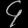
Digit: ၄